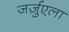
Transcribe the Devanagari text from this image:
जर्ज़ुएला